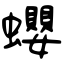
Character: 蠳